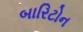
બારિટોન